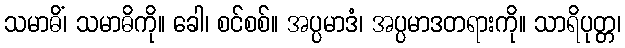
သမာဓိံ၊ သမာဓိကို။ ခေါ၊ စင်စစ်။ အပ္ပမာဒံ၊ အပ္ပမာဒတရားကို။ သာရိပုတ္တ၊